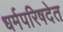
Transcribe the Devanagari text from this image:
धर्मपरिषदेत